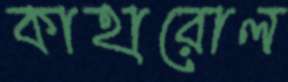
কাহারোল